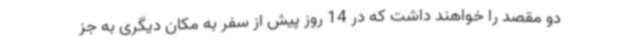
دو مقصد را خواهند داشت که در 14 روز پیش از سفر به مکان دیگری به جز